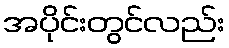
အပိုင်းတွင်လည်း